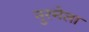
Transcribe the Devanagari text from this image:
नुरमेला